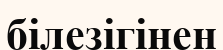
білезігінен